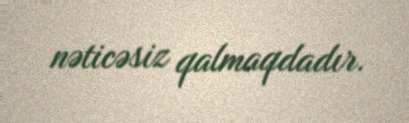
nəticəsiz qalmaqdadır.